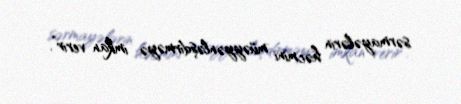
sərmayələrin həcmini müəyyənləşdirməyə imkan verir”.